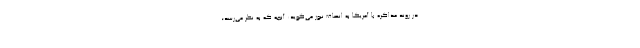
در روند مذاکره با آمریکا به انصاف نیوز می‌گوید: آنچه که به نظر می‌رسد؛